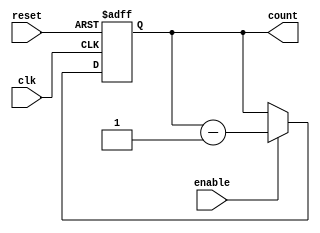
module binary_down_counter(
    input wire clk,
    input wire reset,
    input wire enable,
    output reg [N-1:0] count
);

parameter N = 4; // Change this value for desired count width

always @(posedge clk or posedge reset) begin
    if (reset) begin
        count <= (N'b1 << N) - 1;
    end else if (enable) begin
        count <= count - 1;
    end
end

endmodule